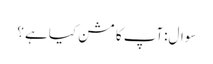
سوال:آپ کا مشن کیا ہے ؟